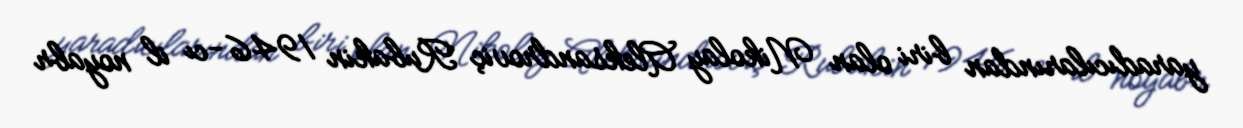
yaradıcılarından biri olan Nikolay Aleksandroviç Rubakin 1946-cı il noyabr